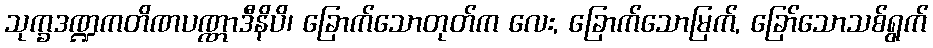
သုက္ခဒဏ္ဍကတိဏပဏ္ဏာဒီနိပိ၊ ခြောက်သောတုတ်က လေး, ခြောက်သောမြက်, ခြော်သောသစ်ရွက်